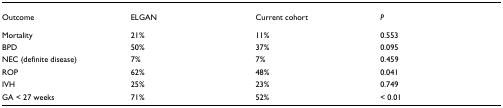
| Outcome | ELGAN | Current cohort | P |
 | --- | --- | --- | --- |
 | Mortality | 21% | 11% | 0.553 |
 | BPD | 50% | 37% | 0.095 |
 | NEC (definite disease) | 7% | 7% | 0.459 |
 | ROP | 62% | 48% | 0.041 |
 | IVH | 25% | 23% | 0.749 |
 | GA < 27 weeks | 71% | 52% | < 0.01 |